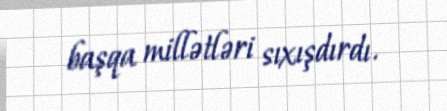
başqa millətləri sıxışdırdı.